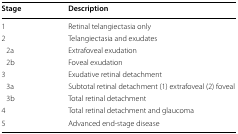
<table><thead><tr><td><b>Stage</b></td><td><b>Description</b></td></tr></thead><tbody><tr><td>1</td><td>Retinal telangiectasia only</td></tr><tr><td>2</td><td>Telangiectasia and exudates</td></tr><tr><td> 2a</td><td>Extrafoveal exudation</td></tr><tr><td> 2b</td><td>Foveal exudation</td></tr><tr><td>3</td><td>Exudative retinal detachment</td></tr><tr><td> 3a</td><td>Subtotal retinal detachment (1) extrafoveal (2) foveal</td></tr><tr><td> 3b</td><td>Total retinal detachment</td></tr><tr><td>4</td><td>Total retinal detachment and glaucoma</td></tr><tr><td>5</td><td>Advanced end-stage disease</td></tr></tbody></table>